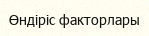
Өндіріс факторлары